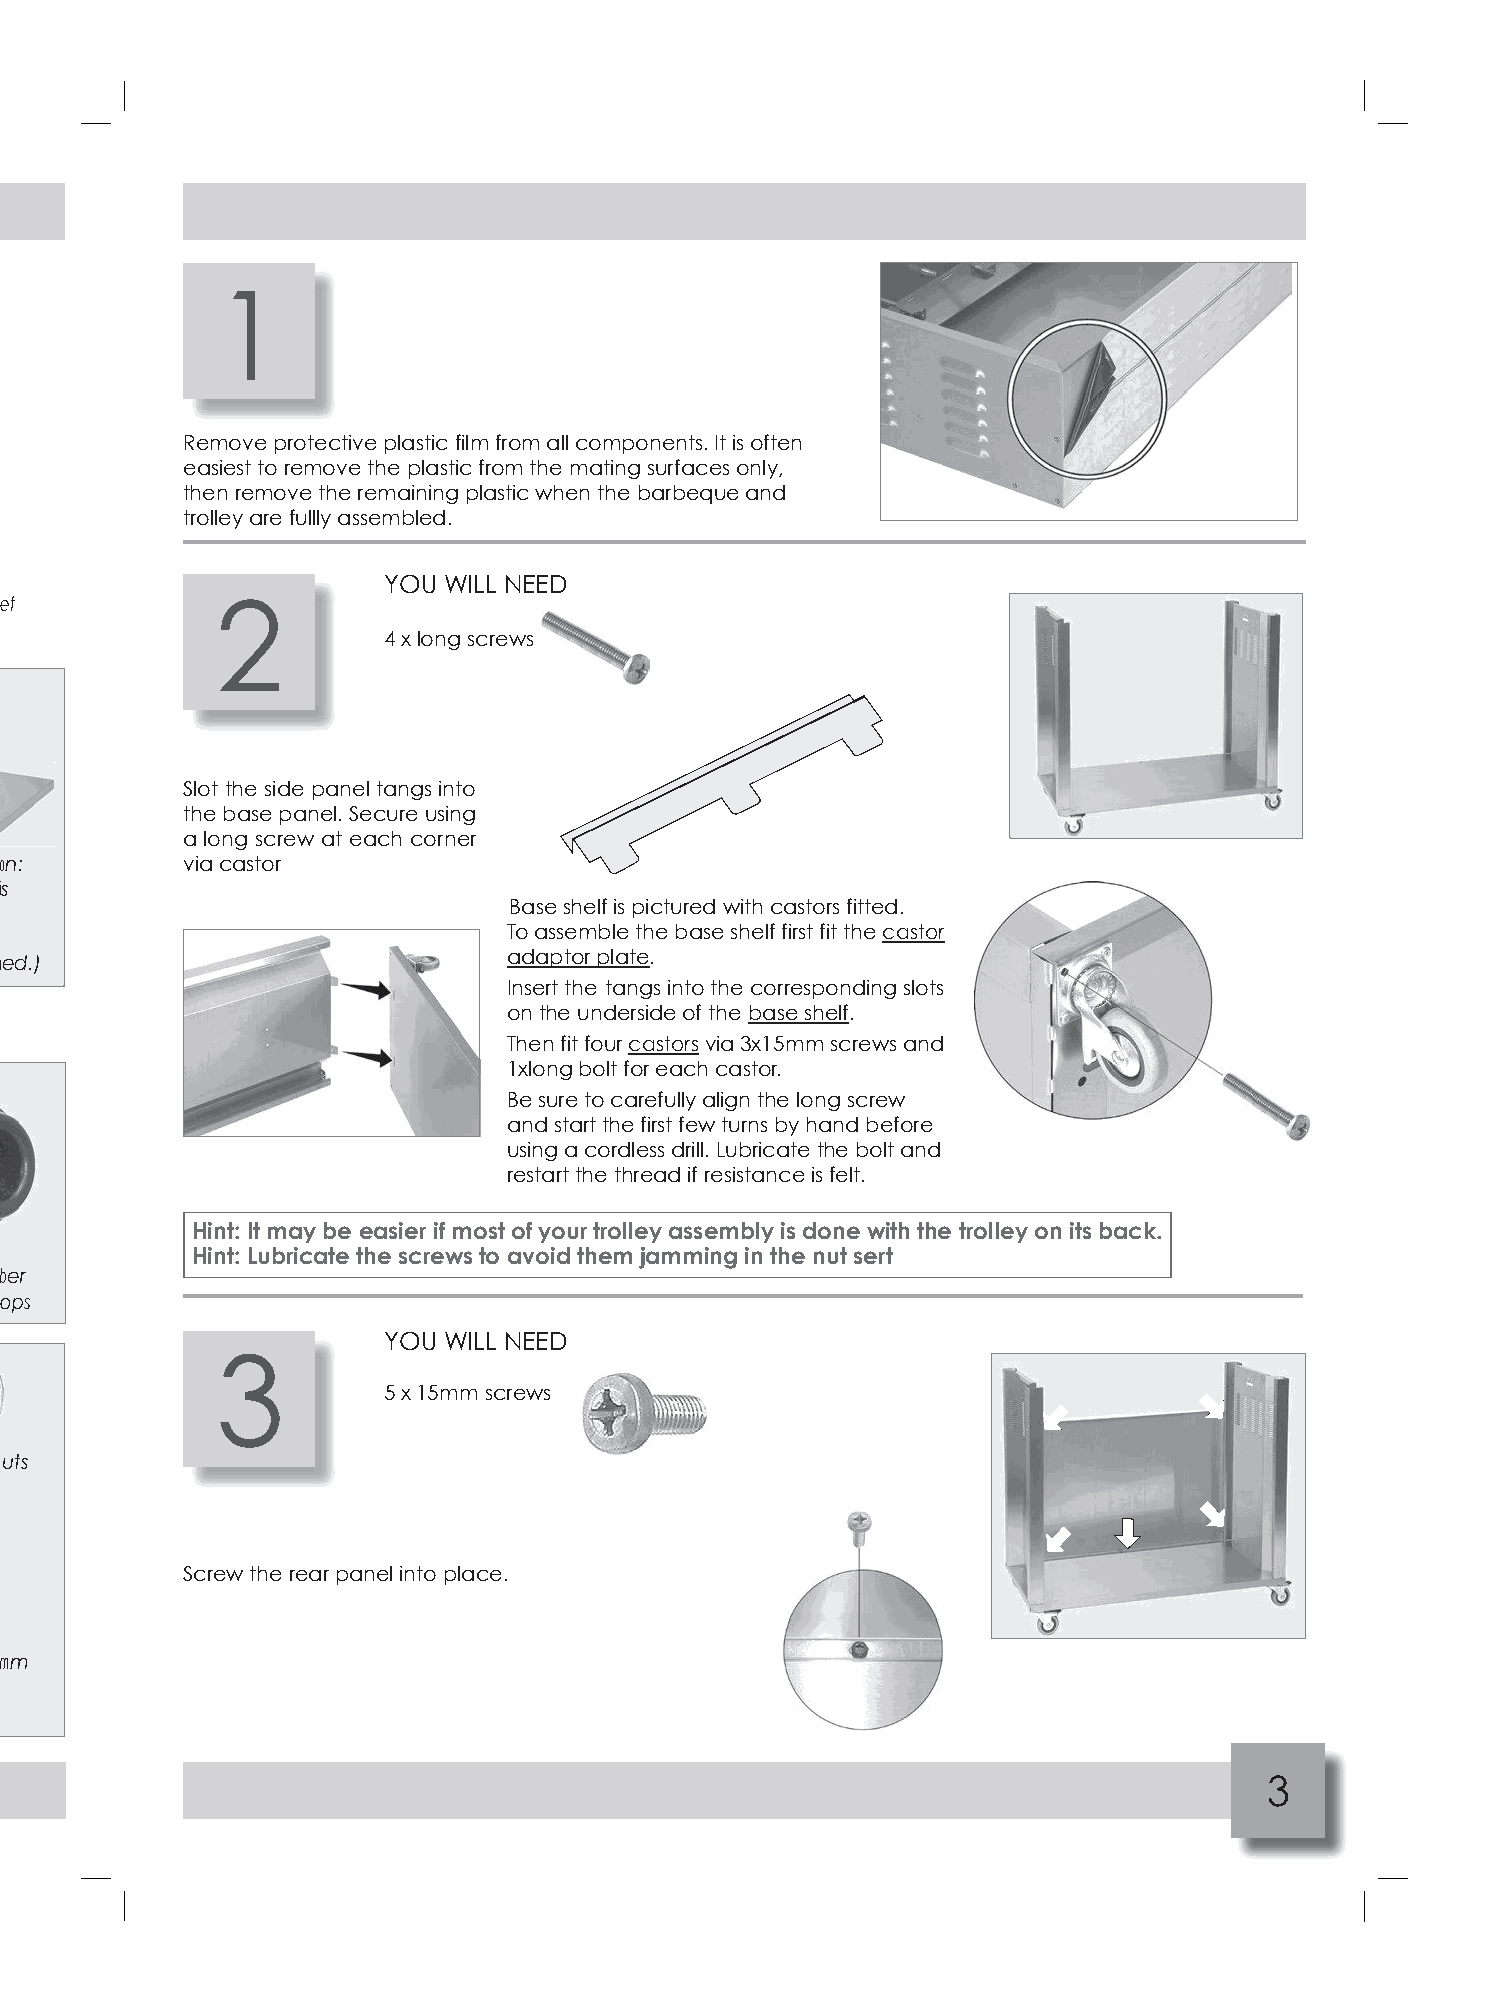
1
 Remove protective plastic film from all components. It is often
 easiest to remove the plastic from the mating surfaces only,
 then remove the remaining plastic when the barbeque and
 trolley are fullly assembled.
 YOU WILL NEED
 et            2
 4 x long screws
 Slot the side panel tangs into
 the base panel. Secure using
 a long screw at each corner
 o n:        via castor
 i s
 Base shelf is pictured with castors fitted.
 To assemble the base shelf first fit the castor
 r ed.)                            adaptor plate.
 Insert the tangs into the corresponding slots
 on the underside of the base shelf.
 Then fit four castors via 3x15mm screws and
 1xlong bolt for each castor.
 Be sure to carefully align the long screw
 and start the first few turns by hand before
 using a cordless drill. Lubricate the bolt and
 restart the thread if resistance is felt.
 Hint: It may be easier if most of your trolley assembly is done with the trolley on its back.
 Hint: Lubricate the screws to avoid them jamming in the nut sert
 b er
 ops
 YOU WILL NEED
 3
 5 x 15mm screws
 uts
 Screw the rear panel into place.
 m m
 3